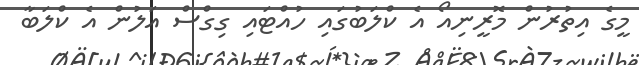
މީގެ އިތުރުން މޮރީނިއޯ އެ ކްލަބުގައި ހުއްޓައި ގިގްސް އަލުން އެ ކްލަބާ